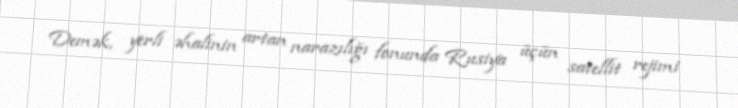
Demək, yerli əhalinin artan narazılığı fonunda Rusiya üçün satellit rejimi